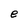
Character: e